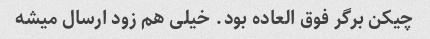
چیکن برگر فوق العاده بود. خیلی هم زود ارسال میشه